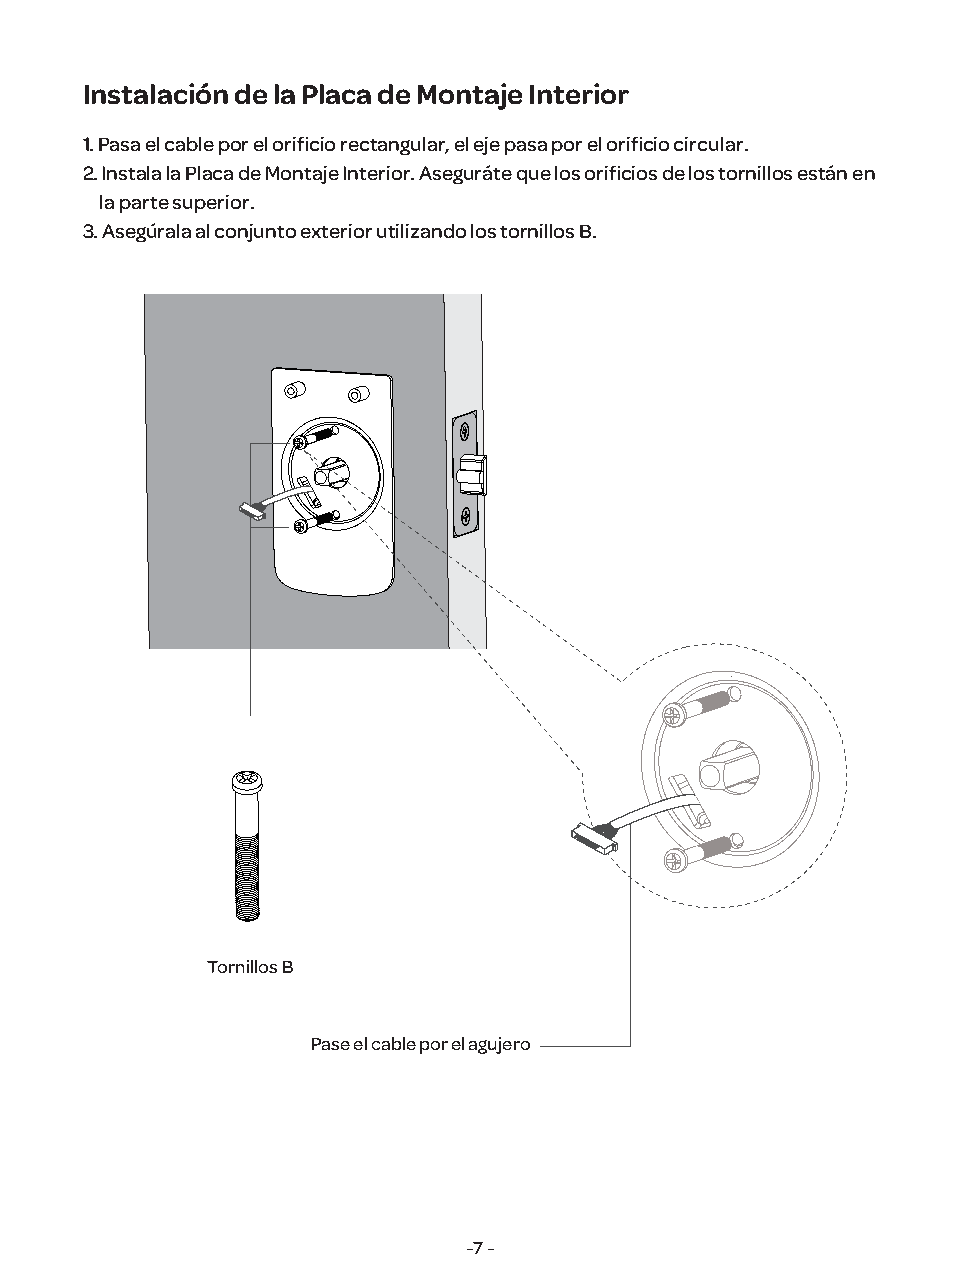
Instalación de la Placa de Montaje Interior
 1. Pasa el cable por el orificio rectangular, el eje pasa por el orificio circular.
 2. Instala la Placa de Montaje Interior. Aseguráte que los orificios de los tornillos están en
 la parte superior.
 3. Asegúrala al conjunto exterior utilizando los tornillos B.
 Tornillos B
 Pase el cable por el agujero
 -7 -